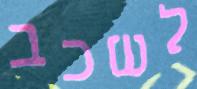
לשכב